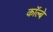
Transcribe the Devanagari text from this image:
कॉल्बे